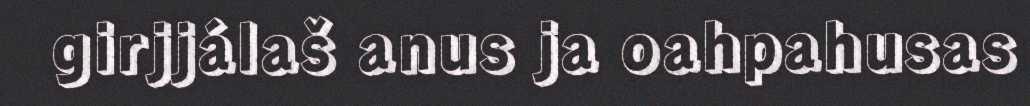
girjjálaš anus ja oahpahusas